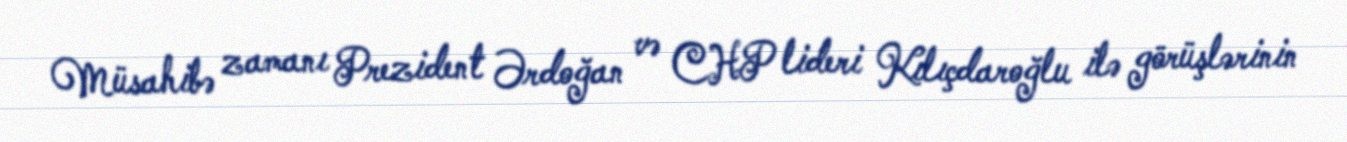
Müsahibə zamanı Prezident Ərdoğan və CHP lideri Kılıçdaroğlu ilə görüşlərinin